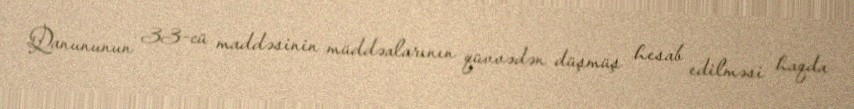
Qanununun 33-cü maddəsinin müddəalarının qüvvədən düşmüş hesab edilməsi haqda